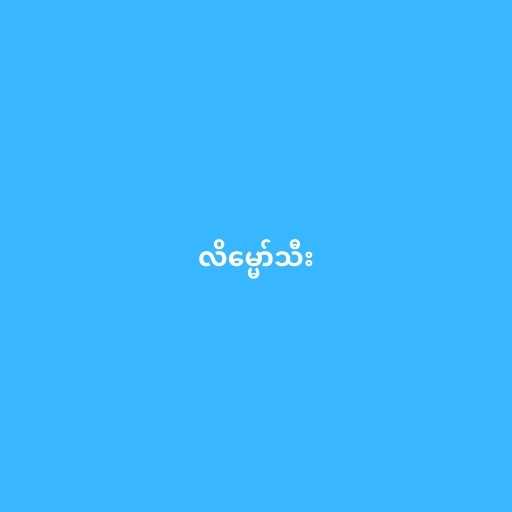
လိမ္မော်သီး